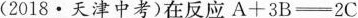
(2018·天津中考)在反应$$A+3B\xlongequal [ ] { }-2C$$